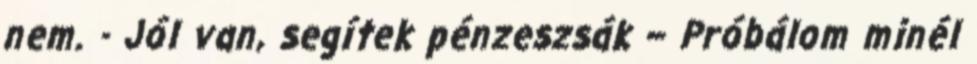
nem. - Jól van, segítek pénzeszsák – Próbálom minél